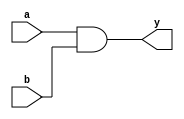
module continuous_assignment(
    input a,
    input b,
    output y
);

assign y = a & b;

endmodule